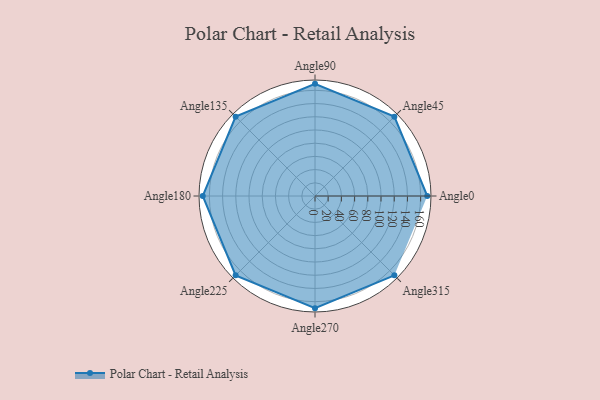
{"axis": {"x": "Angle", "y": "Radius"}, "legend": [""], "data": [{"x": "Angle0", "y": 170.0, "type": ""}, {"x": "Angle45", "y": 170, "type": ""}, {"x": "Angle90", "y": 170, "type": ""}, {"x": "Angle135", "y": 170, "type": ""}, {"x": "Angle180", "y": 170, "type": ""}, {"x": "Angle225", "y": 170, "type": ""}, {"x": "Angle270", "y": 170, "type": ""}, {"x": "Angle315", "y": 170, "type": ""}]}